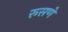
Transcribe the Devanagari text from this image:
रूसणे